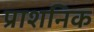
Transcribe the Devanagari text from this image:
प्राशनिक